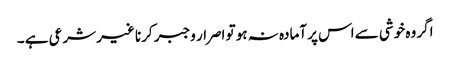
اگر وہ خوشی سے اس پر آمادہ نہ ہو تو اصرار وجبر کرنا غیر شرعی ہے ۔